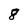
Character: 8